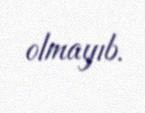
olmayıb.